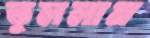
তুললাম